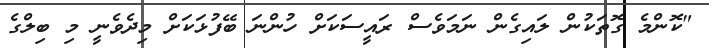
"ކޮންމެ ގޮތަކުން ލައިގެން ނަމަވެސް ރައީސަކަށް ހުންނަ ބޭފުޅަކަށް މިދެވެނީ މި ބިލްގެ